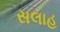
સલાહ